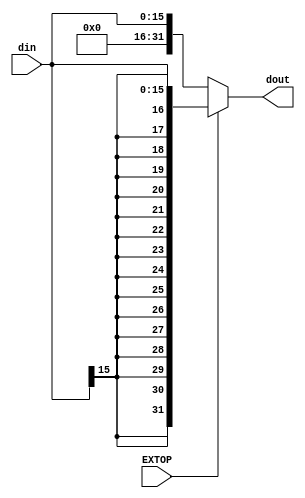
`timescale 1ns / 1ps

module ExtSign(
    din,
    EXTOP,
    dout
    );
    input [15:0] din;
    input EXTOP;
    output wire [31:0] dout;
    
    assign dout = (EXTOP == 1) ? {{16{din[15]}}, din} : {16'h0000, din};
endmodule